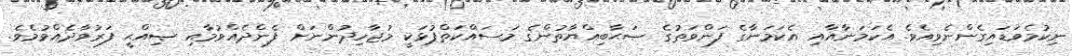
ނިކުމެވަޑައިގެންނެވިއެވެ. އެކަމަނާއާއި އެކަމަނާގެ ފަންވަތުގެ ޞަޙާބިއްޔާތުންގެ މަސައްކަތްޕުޅަކީ މުޖާހިދުންނަށް ފެންދެއްވުމާއި ޞިއްޙީ ފަރުވާދެއްވުމެވެ.